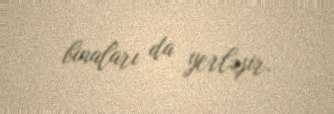
binaları da yerləşir.